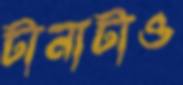
টানাটাও